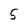
Character: 5